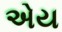
એય